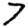
Digit: 7